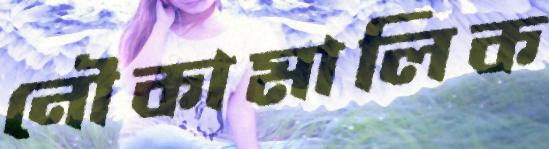
নৌকামালিক